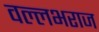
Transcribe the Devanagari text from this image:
वल्लभराज